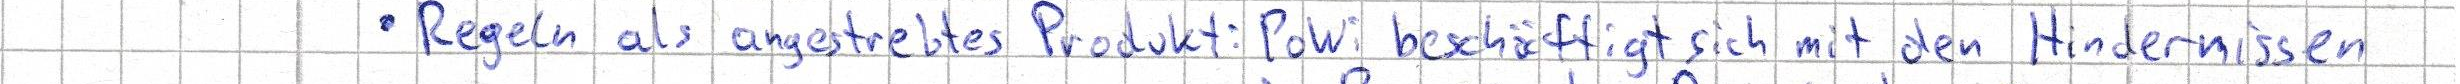
Regeln als angestrebtes Produkt: PoWi beschäftigt sich mit den Hindernissen